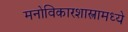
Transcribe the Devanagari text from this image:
मनोविकारशास्त्रामध्ये